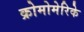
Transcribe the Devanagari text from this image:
क्रोमोमेरिके